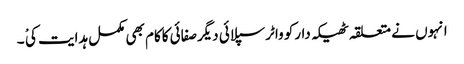
انہوں نے متعلقہ ٹھیکہ دارکو واٹرسپلائی دیگرصفائی کاکام بھی مکمل ہدایت کی ْ ۔